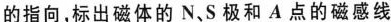
的指向，标出磁体的N、S极和A点的磁感线